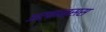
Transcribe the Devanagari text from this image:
अर्कान्सस